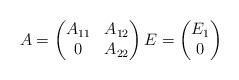
LaTeX: \begin{align*}A = \begin{pmatrix}A_{11} & A_{12} \\ 0 & A_{22}\end{pmatrix} E = \begin{pmatrix}E_{1} \\ 0 \end{pmatrix}\end{align*}